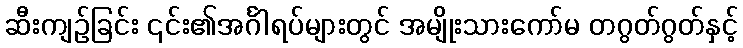
ဆီးကျဉ်ခြင်း ၎င်း၏အင်္ဂါရပ်များတွင် အမျိုးသားကော်မ တဂွတ်ဂွတ်နှင့်